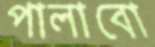
পালাবো